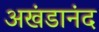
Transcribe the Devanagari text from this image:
अखंडानंद